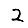
Digit: 2